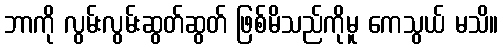
ဘာကို လွမ်းလွမ်းဆွတ်ဆွတ် ဖြစ်မိသည်ကိုမူ ကေသွယ် မသိ။